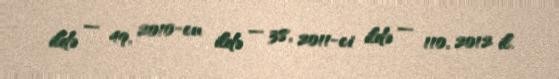
ildə — 49, 2010-cu ildə — 38, 2011-ci ildə — 110, 2012 il.